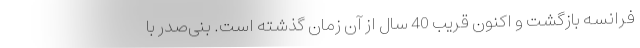
فرانسه بازگشت و اکنون قریب 40 سال از آن زمان گذشته است. بنی‌صدر با